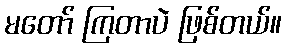
မတော် ကြတာပဲ ဖြစ်တယ်။